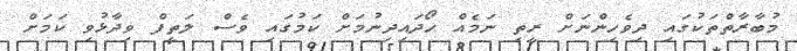
މުބާރާތްތަކުގައި ދިވެހިންނަށް ރީތި ނަމެއް ހޯދައިދިނުމަށް ކަމުގައި ވެސް ލަތީފް ވިދާޅުވި ކަމަށް